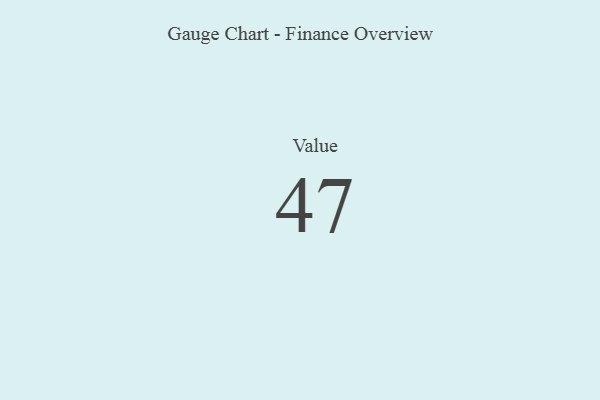
{"axis": {"x": "Metric", "y": "Value"}, "legend": [""], "data": [{"x": "Value", "y": 47, "type": ""}]}